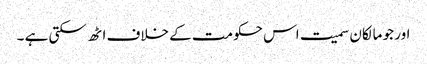
اور جو مالکان سمیت اس حکومت کے خلاف اٹھ سکتی ہے ۔